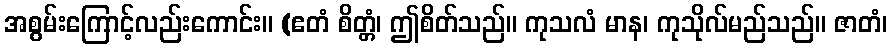
အစွမ်းကြောင့်လည်းကောင်း။ (ဧတံ စိတ္တံ၊ ဤစိတ်သည်။ ကုသလံ မာန၊ ကုသိုလ်မည်သည်။ ဇာတံ၊